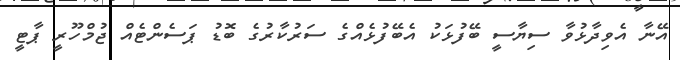
އޭނާ އެވިދާޅުވާ ސިޔާސީ ބޭފުޅަކު އެބޭފުޅެއްގެ ސަރުކާރުގެ ބޮޑު ޕަސެންޓެއް ޖުމްހޫރީ ޕާޓީ